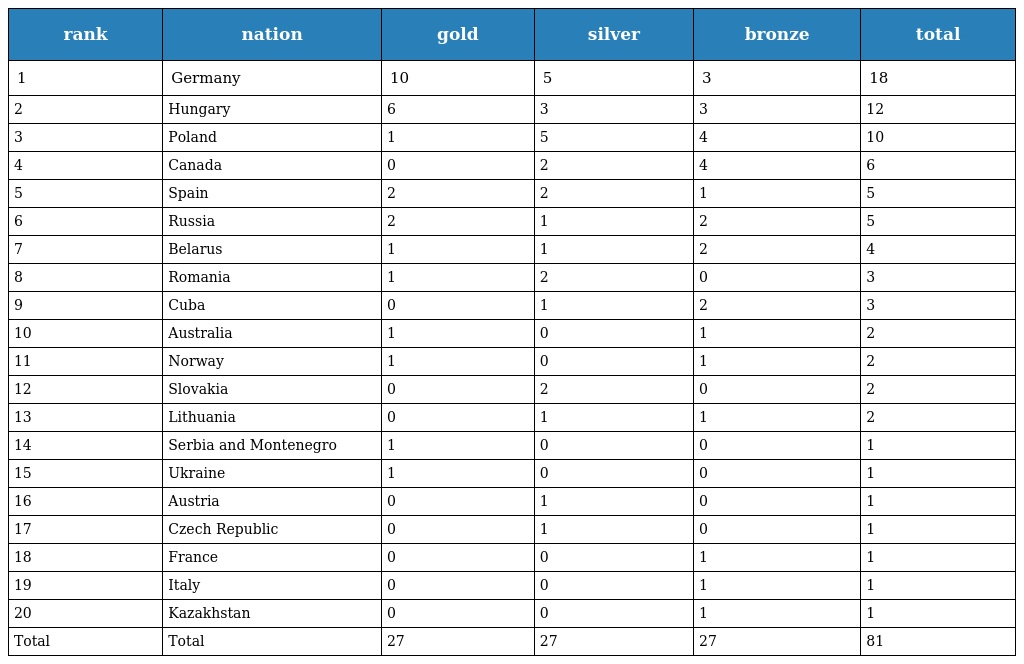
| rank | nation | gold | silver | bronze | total |
 | --- | --- | --- | --- | --- | --- |
 | 1 | Germany | 10 | 5 | 3 | 18 |
 | 2 | Hungary | 6 | 3 | 3 | 12 |
 | 3 | Poland | 1 | 5 | 4 | 10 |
 | 4 | Canada | 0 | 2 | 4 | 6 |
 | 5 | Spain | 2 | 2 | 1 | 5 |
 | 6 | Russia | 2 | 1 | 2 | 5 |
 | 7 | Belarus | 1 | 1 | 2 | 4 |
 | 8 | Romania | 1 | 2 | 0 | 3 |
 | 9 | Cuba | 0 | 1 | 2 | 3 |
 | 10 | Australia | 1 | 0 | 1 | 2 |
 | 11 | Norway | 1 | 0 | 1 | 2 |
 | 12 | Slovakia | 0 | 2 | 0 | 2 |
 | 13 | Lithuania | 0 | 1 | 1 | 2 |
 | 14 | Serbia and Montenegro | 1 | 0 | 0 | 1 |
 | 15 | Ukraine | 1 | 0 | 0 | 1 |
 | 16 | Austria | 0 | 1 | 0 | 1 |
 | 17 | Czech Republic | 0 | 1 | 0 | 1 |
 | 18 | France | 0 | 0 | 1 | 1 |
 | 19 | Italy | 0 | 0 | 1 | 1 |
 | 20 | Kazakhstan | 0 | 0 | 1 | 1 |
 | Total | Total | 27 | 27 | 27 | 81 |